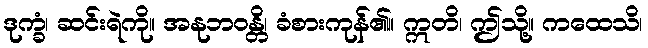
ဒုက္ခံ၊ ဆင်းရဲကို။ အနုဘဝန္တိ၊ ခံစားကုန်၏။ ဣတိ၊ ဤသို့။ ကထေသိ၊